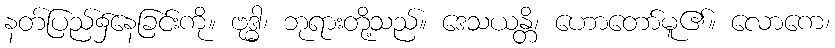
နတ်ပြည်၌နေခြင်းကို။ ဗုဒ္ဓါ၊ ဘုရားတို့သည်။ ဒေသယန္တိ၊ ဟောတော်မူ၏။ လောကေ၊